Annual report of the Imperial Bacteriologist
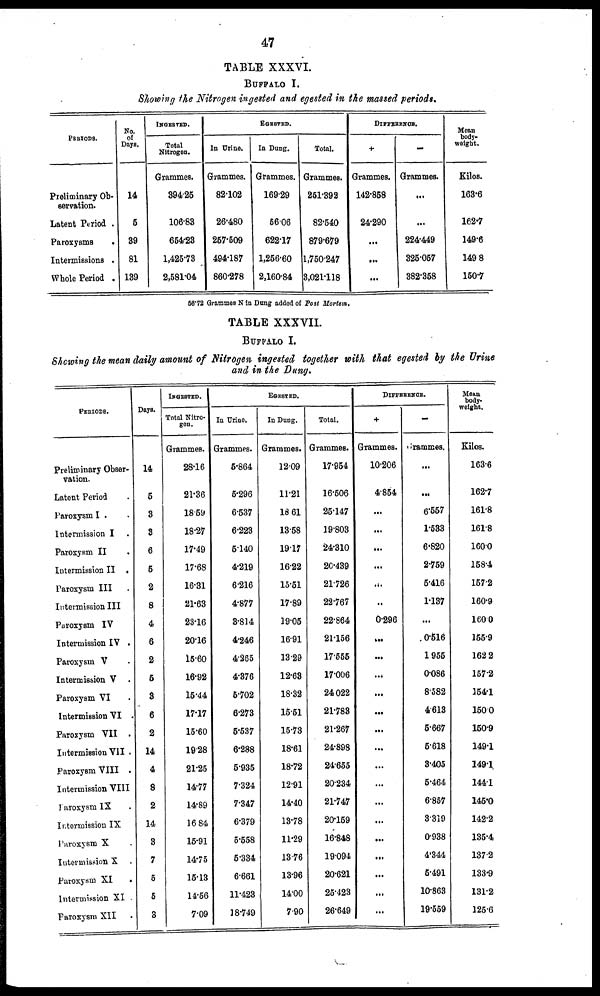
47
TABLE XXXVI.
BUFFALO I.
Showing the Nitrogen ingested and egested in the massed periods.
PERIODS.
Preliminary Ob-
servation.
Latent Period .
Paroxysms
.
Intermissions .
Whole Period .
No.
of
Days.
14
5
39
81
139
INGESTED.
Total
Nitrogen.
Grammes.
394.25
106.83
654.23
1,425.73
2,581.04
In Urine
Grammes.
82.102
26.480
257.509
494.187
860.278
EGESTED.
In Dung.
Grammes.
169.29
56.06
622.17
1,256.60
2,160.84
Total.
Grammes.
251.392
82.540
879.679
1,750.247
3,021.118
DIFFERENCE.
+
Grammes.
142.858
24.290
...
...
...
-
Grammes.
...
...
224.449
325.057
382.358
Mean
body¬
weight.
Kilos.
163.6
162.7
149.6
149 8
150.7
56.72 Grammes N in Dung added of Post Mortem.
TABLE XXXVII.
BUFFALO I.
Showing the mean daily amount of Nitrogen ingested together with that egested to by the Urine
and in the Dung.
PERIODS.
Preliminary Obser-
vation.
Latent Period
Paroxysm I .
Intermission I .
Paroxysm II .
Intermission II .
Paroxysm III .
Intermission III
Paroxysm IV
Intermission IV .
Paroxysm V .
Intermission V .
Paroxysm VI .
Intermission VI .
Paroxysm VII .
Intermission VII .
Paroxysm VIII .
Intermission VIII
Paroxysm IX
Intermission IX
Paroxysm X
Intermission X
Paroxysm XI
Intermission XI .
Paroxysm XII
Days.
14
5
3
3
6
5
2
8
4
6
2
5
3
6
2
14
4
8
2
14
3
7
5
5
3
INGESTED
Total Nitro¬
gen.
Grammes.
28.16
21.36
18.59
18.27
17.49
17.68
16.31
21.63
23.16
20.16
15.60
16.92
15.44
17.17
15.60
19.28
21.25
14.77
14.89
16.84
15.91
14.75
15.13
14.56
7.09
In Urinne.
Grammes.
5.864
5.296
6.537
6.223
5.140
4.219
6.216
4.877
3.814
4.246
4.265
4.376
5.702
6.273
5.537
6.288
5.935
7.324
7.347
6.379
5.558
5.334
6.661
11.423
38.749
EGESTED.
In Dung.
Grammes.
12.09
11.21
18 61
13.58
19.17
16.22
15.51
17.89
19.05
16.91
13.29
12.63
18.32
15.51
15.73
18.61
18.72
12.91
14.40
13.78
11.29
13.76
13.96
14.00
7.90
Total.
Grammes.
17.954
16.506
25.147
19.803
24.310
20.439
21.726
22.767
22.864
21.156
17.555
17.006
24.022
21.783
21.267
24.898
24.655
20.234
21.747
20.159
16.848
19.094
20.621
25.423
26.649
DIFFERENCE.
+
Grammes.
10.206
4.854
...
...
...
...
...
..
0.296
...
...
...
...
...
...
...
...
...
...
...
...
...
...
...
...
—
Grammes.
...
...
6.557
1.533
6.820
2.759
5.416
1.137
...
0.516
1.955
0.086
8.582
4.613
5.667
5.618
3.405
5.464
6.857
3.319
0.938
4.344
5.491
10.863
19.559
Mean
body¬
weight.
Kilos.
163.6
162.7
161.8
161.8
160.0
158.4
157.2
160.9
160.0
155.9
162 2
157.2
154.1
150.0
150.9
149.1
149.1
144.1
145.0
142.2
135.4
137.2
133.9
131.2
125.6